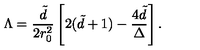
\Lambda = { \frac { \tilde { d } } { 2 r _ { 0 } ^ { 2 } } } \left[ 2 ( \tilde { d } + 1 ) - { \frac { 4 \tilde { d } } { \Delta } } \right] .